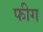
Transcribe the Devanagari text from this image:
फीग